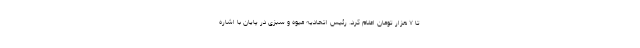
تا ۷ هزار تومان اعلام کرد. رئیس اتحادیه میوه و سبزی در پایان با اشاره